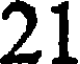
21